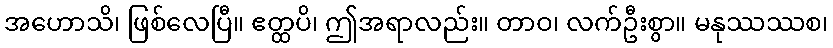
အဟောသိ၊ ဖြစ်လေပြီ။ ဧတ္ထပိ၊ ဤအရာလည်း။ တာဝ၊ လက်ဦးစွာ။ မနုဿဿစ၊